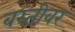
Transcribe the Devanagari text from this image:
बस्तीवर